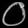
Digit: ၀